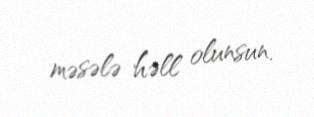
məsələ həll olunsun.